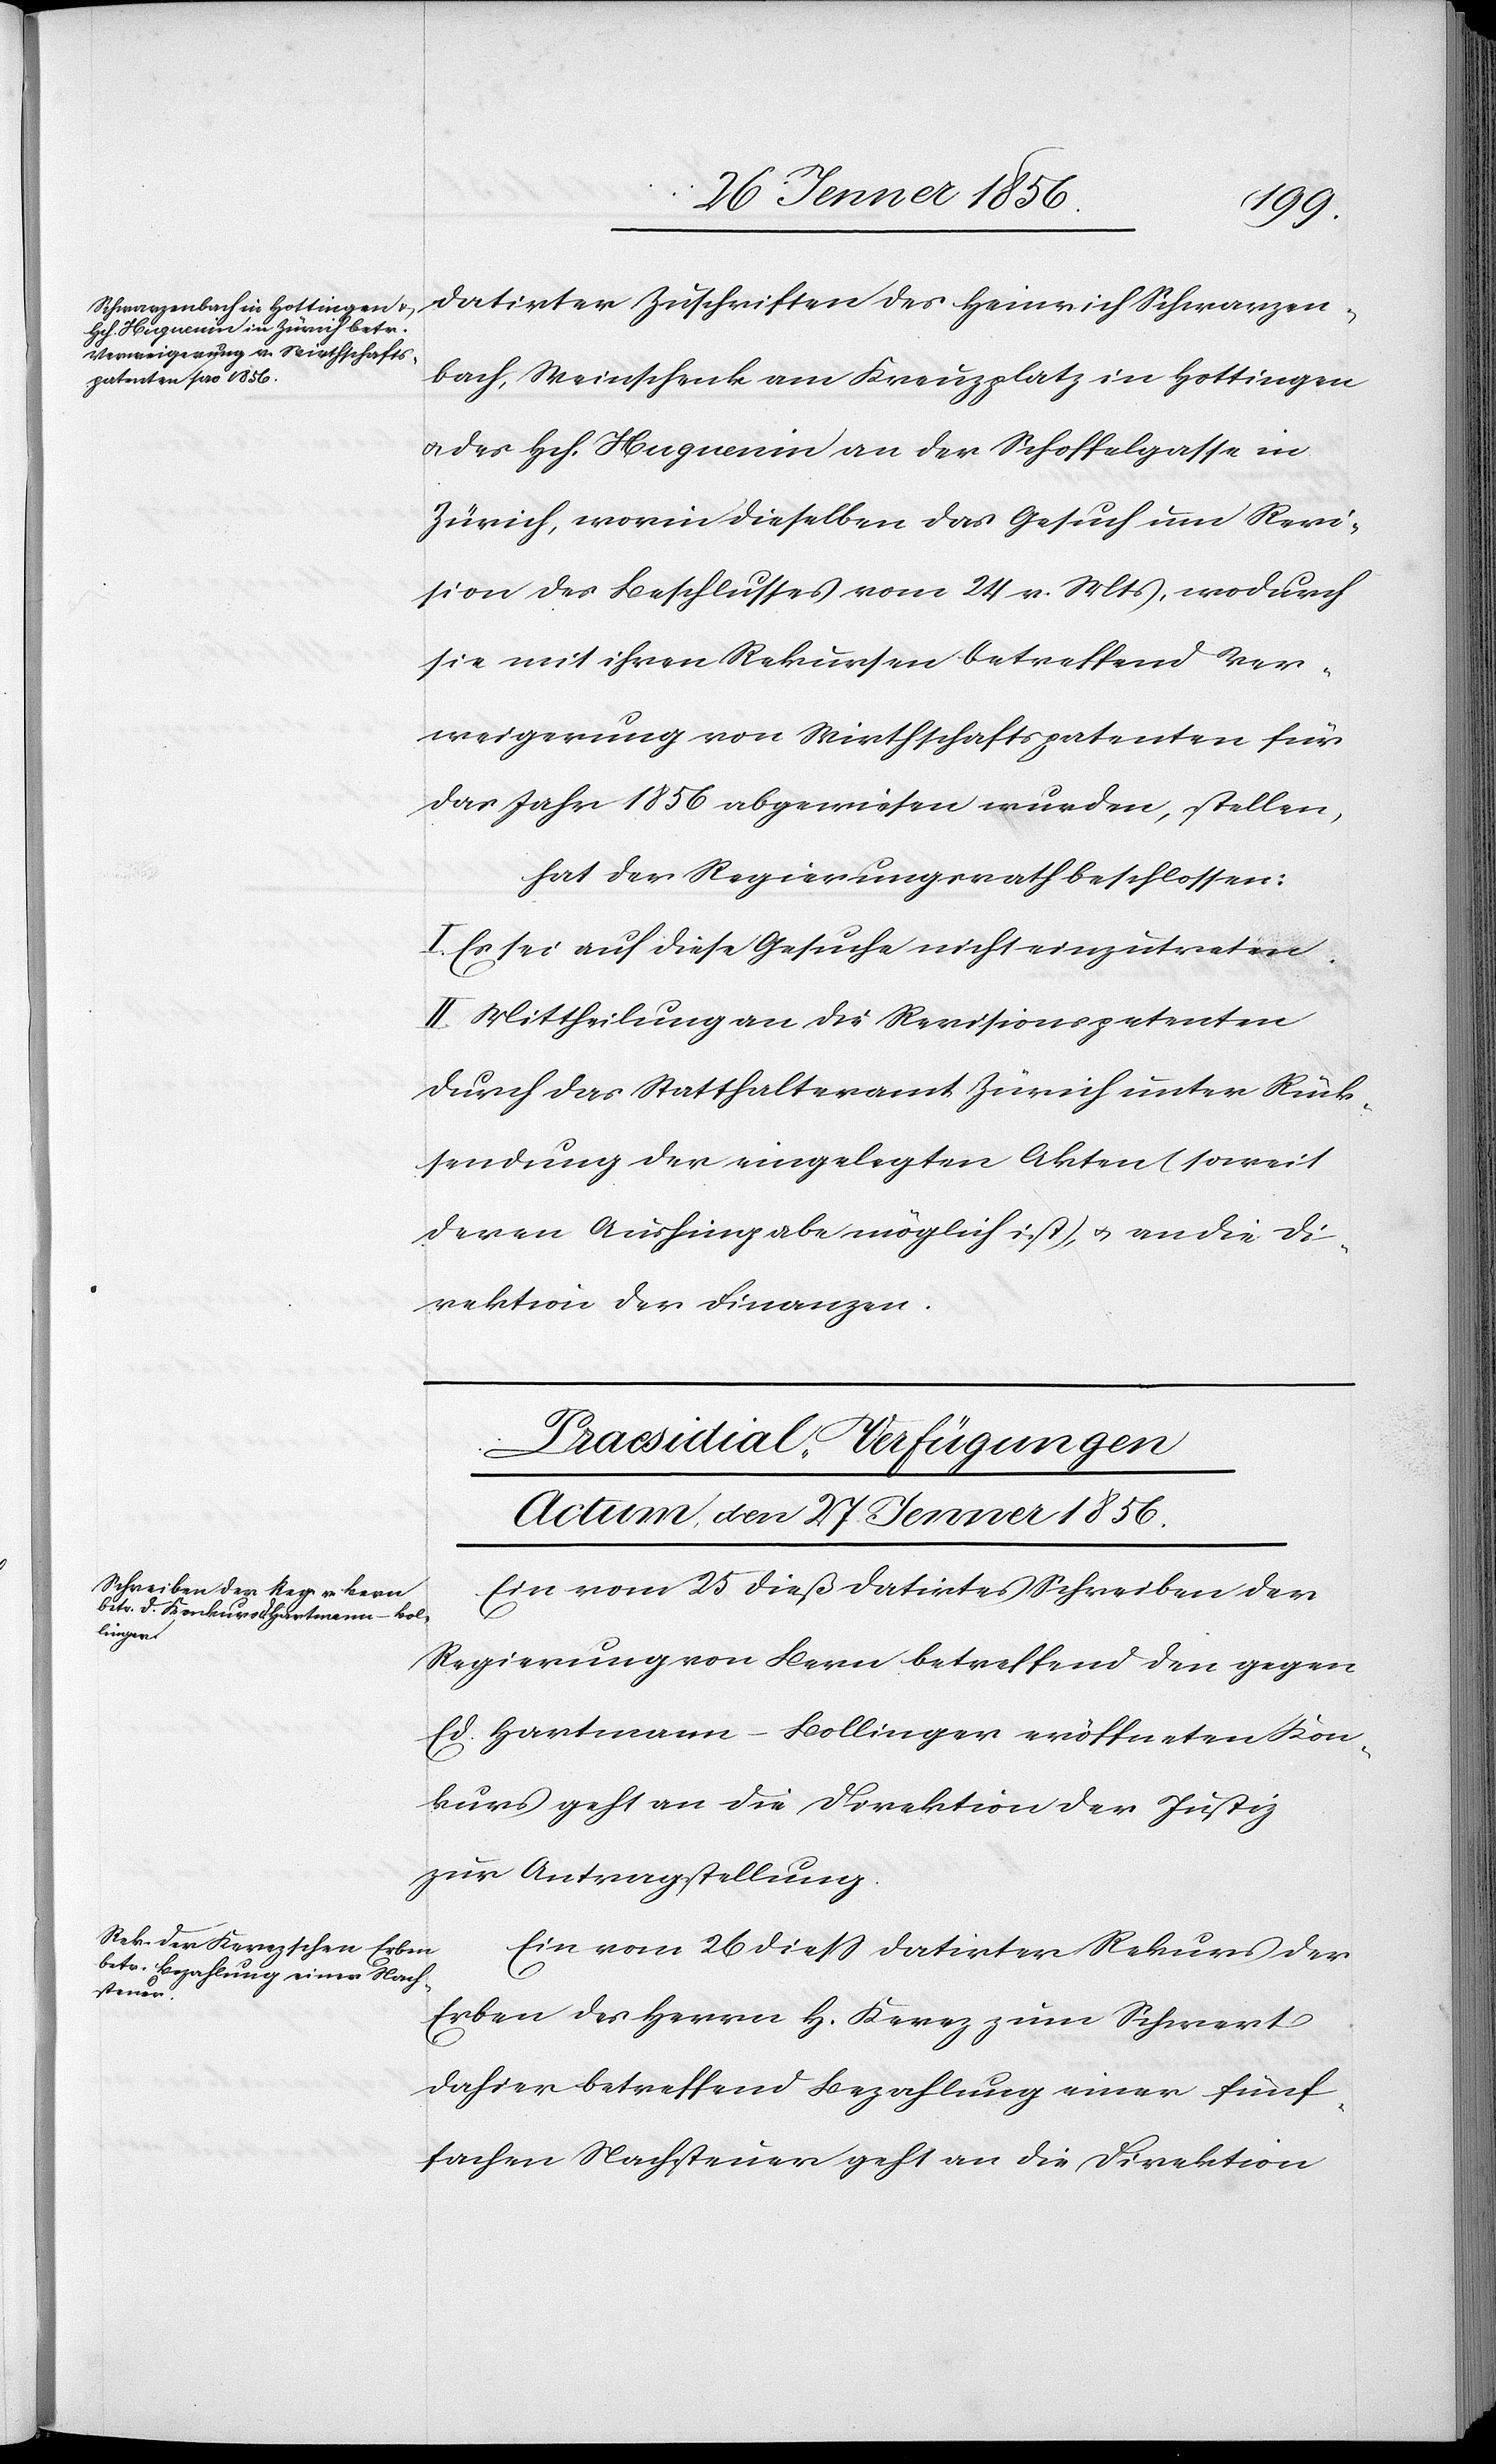
datirter Zuschriften des Heinrich Schwarzen¬
bach, Weinschenk am Kreuzplatz in Hottingen
u. des Hch. Huguenin an der Schoffelgasse in
Zürich, worin dieselben das Gesuch um Revi¬
sion des Beschlusses vom 24. v. Mts, wodurch
sie mit ihren Rekursen betreffend Ver¬
weigerung von Wirthschaftspatenten für
das Jahr 1856 abgewiesen wurden, stellen,
hat der Regierungsrath beschlossen:
I. Es sei auf diese Gesuche nicht einzutreten.
II. Mittheilung an die Revisionspetenten
durch das Statthalteramt Zürich unter Rück¬
sendung der eingelegten Akten (soweit
deren Aushingabe möglich ist), u. an die Di¬
rektion der Finanzen.
[Praesidial-Verfügungen
Actum, den 27 Jenner 1856.]
Ein vom 25 dieß datirtes Schreiben der
Regierung von Bern betreffend den gegen
Ed. Hartmann-Bollinger eröffneten Kon¬
kurs geht an die Direktion der Justiz
zur Antragstellung.
Ein vom 26 dieß datirter Rekurs der
Erben des Herrn H. Kerez zum Schwert
dahier betreffend Bezahlung einer fünf¬
fachen Nachsteuer geht an die Direktion